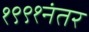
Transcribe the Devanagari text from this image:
१९९१नंतर